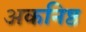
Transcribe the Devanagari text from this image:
अकनिष्ठ